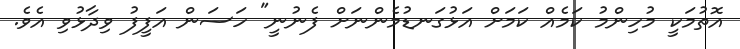
އޮތުމަކީ މުހިންމު ކަމެއް ކަމަށް އަޅުގަނޑުމެންނަށް ފެނުނީ" ހަސަން އަފީފު ވިދާޅުވި އެވެ.